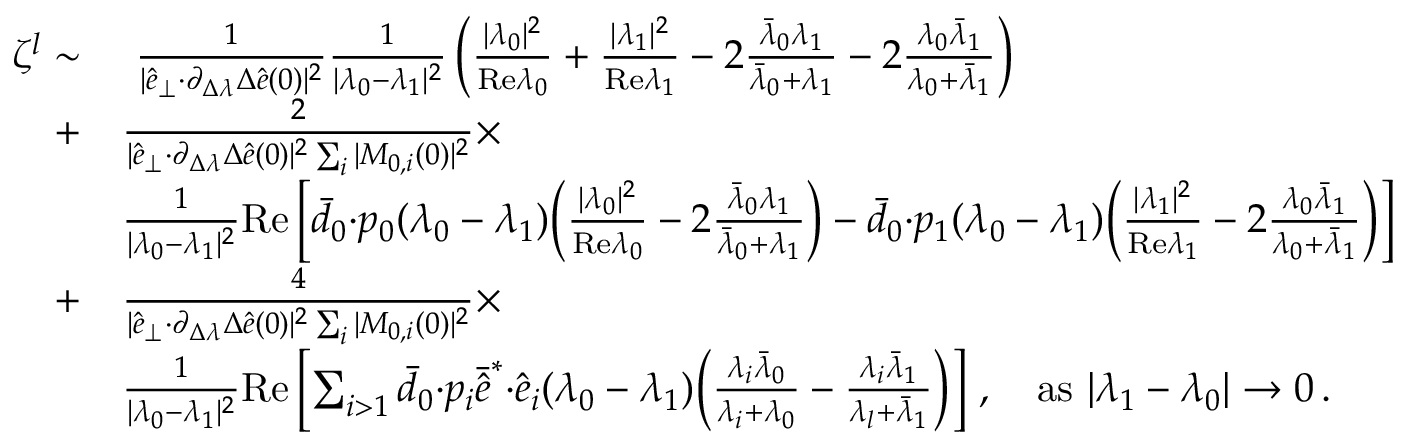
\begin{array} { r l } { \zeta ^ { l } \sim } & { ~ \frac { 1 } { \vert \hat { e } _ { \perp } { \cdot } \partial _ { \Delta \lambda } \Delta \hat { e } ( 0 ) \vert ^ { 2 } } \frac { 1 } { \vert \lambda _ { 0 } - \lambda _ { 1 } \vert ^ { 2 } } \left( \frac { \vert \lambda _ { 0 } \vert ^ { 2 } } { \mathrm { R e } \lambda _ { 0 } } + \frac { \vert \lambda _ { 1 } \vert ^ { 2 } } { \mathrm { R e } \lambda _ { 1 } } - 2 \frac { \bar { \lambda } _ { 0 } \lambda _ { 1 } } { \bar { \lambda } _ { 0 } + \lambda _ { 1 } } - 2 \frac { \lambda _ { 0 } \bar { \lambda } _ { 1 } } { \lambda _ { 0 } + \bar { \lambda } _ { 1 } } \right) } \\ { + } & { \frac { 2 } { \vert \hat { e } _ { \perp } { \cdot } \partial _ { \Delta \lambda } \Delta \hat { e } ( 0 ) \vert ^ { 2 } \sum _ { i } \vert M _ { 0 , i } ( 0 ) \vert ^ { 2 } } \times } \\ & { \frac { 1 } { \vert \lambda _ { 0 } - \lambda _ { 1 } \vert ^ { 2 } } \mathrm { R e } \left[ \bar { d } _ { 0 } { \cdot } p _ { 0 } ( \lambda _ { 0 } - \lambda _ { 1 } ) \bigg ( \frac { \vert \lambda _ { 0 } \vert ^ { 2 } } { \mathrm { R e } \lambda _ { 0 } } - 2 \frac { \bar { \lambda } _ { 0 } \lambda _ { 1 } } { \bar { \lambda } _ { 0 } + \lambda _ { 1 } } \bigg ) - \bar { d } _ { 0 } { \cdot } p _ { 1 } ( \lambda _ { 0 } - \lambda _ { 1 } ) \bigg ( \frac { \vert \lambda _ { 1 } \vert ^ { 2 } } { \mathrm { R e } \lambda _ { 1 } } - 2 \frac { \lambda _ { 0 } \bar { \lambda } _ { 1 } } { \lambda _ { 0 } + \bar { \lambda } _ { 1 } } \bigg ) \right] } \\ { + } & { \frac { 4 } { \vert \hat { e } _ { \perp } { \cdot } \partial _ { \Delta \lambda } \Delta \hat { e } ( 0 ) \vert ^ { 2 } \sum _ { i } \vert M _ { 0 , i } ( 0 ) \vert ^ { 2 } } \times } \\ & { \frac { 1 } { \vert \lambda _ { 0 } - \lambda _ { 1 } \vert ^ { 2 } } \mathrm { R e } \left[ \sum _ { i > 1 } \bar { d } _ { 0 } { \cdot } p _ { i } \bar { \hat { e } } ^ { * } { \cdot } \hat { e } _ { i } ( \lambda _ { 0 } - \lambda _ { 1 } ) \bigg ( \frac { \lambda _ { i } \bar { \lambda } _ { 0 } } { \lambda _ { i } + \lambda _ { 0 } } - \frac { \lambda _ { i } \bar { \lambda } _ { 1 } } { \lambda _ { l } + \bar { \lambda } _ { 1 } } \bigg ) \right] \, , ~ ~ ~ \mathrm { a s } ~ \vert \lambda _ { 1 } - \lambda _ { 0 } \vert \rightarrow 0 \, . } \end{array}